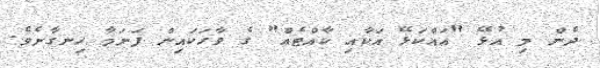
ދެން މި އުޅޭ "އައްކަޅޭ އަކާއި ކާއްޓެއް" ގެ ވާހަކައިން ފަށަމާ ހިނގާށެވެ.